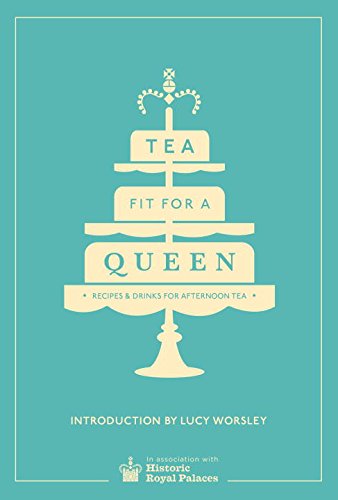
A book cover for Tea Fit for a Queen: Recipes & Drinks for Afternoon Tea; Cookbooks, Food & Wine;